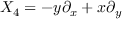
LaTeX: X _ { 4 } = - y \partial _ { x } + x \partial _ { y }